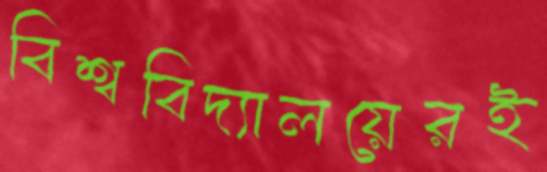
বিশ্ববিদ্যালয়েরই